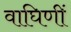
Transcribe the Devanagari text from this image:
वाघिणीं